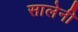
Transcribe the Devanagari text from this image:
सालेनी